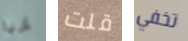
إربا قلت تخفي